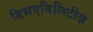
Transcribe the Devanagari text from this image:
डिसएबिलिटीज़